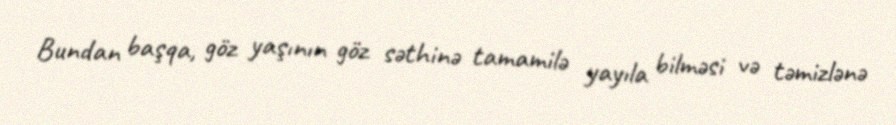
Bundan başqa, göz yaşının göz səthinə tamamilə yayıla bilməsi və təmizlənə